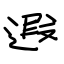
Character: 遐